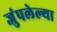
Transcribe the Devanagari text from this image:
जुंपलेल्या